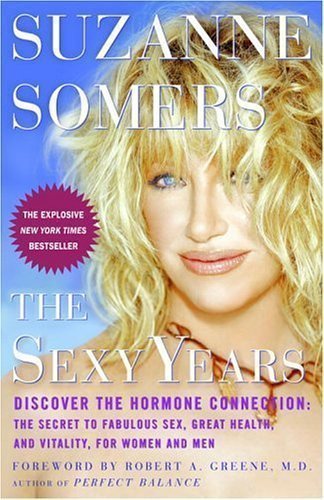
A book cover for The Sexy Years: Discover the Hormone Connection: The Secret to Fabulous Sex, Great Health, and Vitality, for Women and Men of Suzanne Somers Reprint Edition on 15 March 2005; Health, Fitness & Dieting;